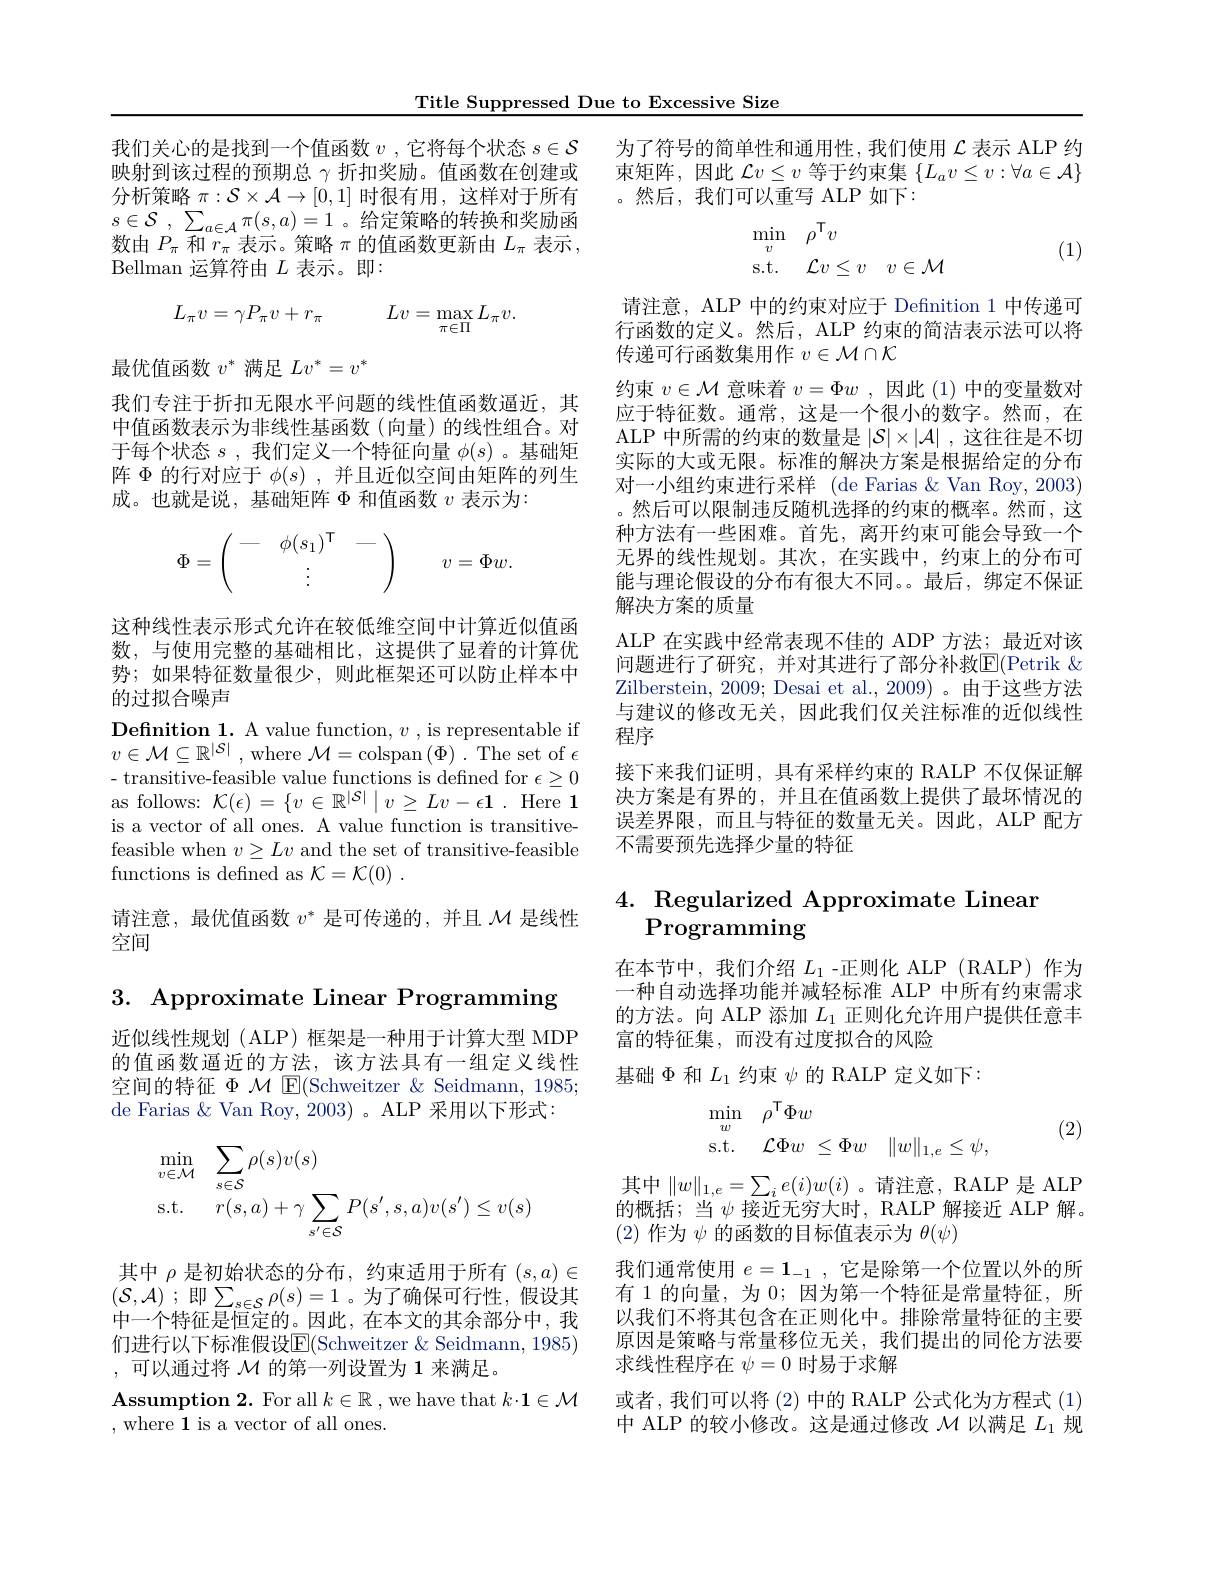
Title Suppressed Due to Excessive Size

$s\in \mathcal{S}$ , $\sum _{a\in \mathcal{A} }\pi ( s, a) = 1$。给定策略的转换和奖励函数由$P_\pi$和$r_\pi$表示。策略$\pi$的值函数更新由$L_\pi$表示， Bellman 运算符由$L$表示。即：
$$L_\pi v=\gamma P_\pi v+r_\pi\quad Lv=\max_{\pi\in\Pi}L_\pi v.$$
最优值函数$v^*$满足$Lv^*=v^*$

我们专注于折扣无限水平问题的线性值函数逼近，其中值函数表示为非线性基函数(向量)的线性组合。对于每个状态$s$ ,我们定义一个特征向量$\phi(s)$ 。基础矩阵$\Phi$的行对应于$\phi(s)$,并且近似空间由矩阵的列生成。也就是说，基础矩阵$\Phi$和值函数$v$表示为：
$$\Phi=\left(\begin{array}{ccc}-&\phi(s_1)^{\mathsf T}&-\\&\vdots&\end{array}\right)\quad v=\Phi w.$$
这种线性表示形式允许在较低维空间中计算近似值函数，与使用完整的基础相比，这提供了显着的计算优势；如果特征数量很少，则此框架还可以防止样本中的过拟合噪声
Definition 1. A value function, $v$ , is representable if $v\in\mathcal{M}\subseteq\mathbb{R}^{|\mathcal{S}|}$,where $\mathcal{M}=$colspan$(\Phi)^{\mathrm{~1}}.$The set of $\epsilon$ - transitive-feasible value functions is defined for $\epsilon\geq0$ as follows: $\mathcal{K}(\epsilon)=\{v\in\mathbb{R}^{|\mathcal{S}|}\mid v\geq Lv-\epsilon1.$ Here 1 is a vector of all ones. A value function is transitivefeasible when $v\geq Lv$ and the set of transitive-feasible functions is defined as $\mathcal{K}=\mathcal{K}(0)~.$

请注意，最优值函数$v^*$是可传递的，并且$\mathcal{M}$是线性
空间

3. Approximate Linear Programming

近似线性规划 (ALP) 框架是一种用于计算大型 MDP 的值函数逼近的方法，该方法具有一组定义线性空间的特征$\Phi$ $\mathcal{M}$ E(Schweitzer & Seidmann, 1985; de Farias &Van Roy, 2003)。ALP 采用以下形式：
$$\begin{aligned}&\min_{v\in\mathcal{M}}\sum_{s\in\mathcal{S}}\rho(s)v(s)\\&\mathrm{s.t.}\quad r(s,a)+\gamma\sum_{s^{\prime}\in\mathcal{S}}P(s^{\prime},s,a)v(s^{\prime})\leq v(s)\end{aligned}$$
其中$\rho$是初始状态的分布，约束适用于所有$(s,a)\in$ $( \mathcal{S} , \mathcal{A} )$ ;即$\sum_s\in\mathcal{S}\rho(s)=1$。为了确保可行性，假设其中一个特征是恒定的。因此，在本文的其余部分中，我们进行以下标准假设$\boxed{\mathrm{E}}($Schweitzer & Seidmann, 1985) ,可以通过将 $\mathcal{M}$ 的第一列设置为 1 来满足。
$\mathbf{Assumption~2.~For~all~}k\in\mathbb{R}$ , we have that $k\cdot\mathbf{1}\in\mathcal{M}$
,where 1 is a vector of all ones.

我们关心的是找到一个值函数$v$ ,它将每个状态$s\in \mathcal{S}$ 为了符号的简单性和通用性，我们使用$\mathcal{L}$表示 ALP 约映射到该过程的预期总$\gamma$折扣奖励。值函数在创建或 束矩阵，因此 $\mathcal{L}v\leq v$ 等于约束集 $\{L_av\leq v:\forall a\in\mathcal{A}\}$ 分析策略$\pi:\mathcal{S}\times\mathcal{A}\to[0,1]$ 时很有用，这样对于所有 。然后，我们可以重写 ALP 如下：
$$\begin{array}{ll}\min_v&\rho^\mathsf{T}v\\\mathrm{s.t.}&\mathcal{L}v\leq v&v\in\mathcal{M}\end{array}$$
(1)

请注意，ALP 中的约束对应于 Defnition 1 中传递可行函数的定义。然后，ALP 约束的简洁表示法可以将传递可行函数集用作$v\in\mathcal{M}\cap\mathcal{K}$
约束$v\in\mathcal{M}$意味着$v=\Phi w$ ,因此 (1)中的变量数对应于特征数。通常，这是一个很小的数字。然而，在ALP 中所需的约束的数量是$|\mathcal{S}|\times|\mathcal{A}|$ ,这往往是不切实际的大或无限。标准的解决方案是根据给定的分布对一小组约束进行采样 (de Farias $\&$ Van Roy, 2003) 。然后可以限制违反随机选择的约束的概率。然而，这种方法有一些困难。首先，离开约束可能会导致一个无界的线性规划。其次，在实践中，约束上的分布可能与理论假设的分布有很大不同。。最后，绑定不保证解决方案的质量
ALP 在实践中经常表现不佳的 ADP 方法；最近对该问题进行了研究，并对其进行了部分补救$\mathbb{E}($Petrik $\&$ Zilberstein, 2009; Desai et al., 2009)。由于这些方法与建议的修改无关，因此我们仅关注标准的近似线性程序
接下来我们证明，具有采样约束的 RALP 不仅保证解决方案是有界的，并且在值函数上提供了最坏情况的误差界限，而且与特征的数量无关。因此，ALP 配方不需要预先选择少量的特征

### 4. Regularized Approximate Linean Programming

在本节中，我们介绍$L_1$ -正则化 ALP(RALP)作为一种自动选择功能并减轻标准 ALP 中所有约束需求的方法。向 ALP 添加$L_{1}$正则化允许用户提供任意丰富的特征集，而没有过度拟合的风险
基础$\Phi$和$L_1$约束$\psi$的 RALP 定义如下：
$$\begin{aligned}&\min_{w}\quad\rho^{\mathsf{T}}\Phi w\\&\mathrm{s.t.}\quad\mathcal{L}\Phi w\:\leq\Phi w\quad\|w\|_{1,e}\leq\psi,\end{aligned}$$
(2)

其中$\|w\|_{1,e}=\sum_ie(i)w(i)$。请注意，RALP是ALP 的概括；当$\psi$接近无穷大时，RALP 解接近 ALP 解。(2)作为$\psi$的函数的目标值表示为$\theta(\psi)$
我们通常使用$e=\mathbf{1}_{-1}$,它是除第一个位置以外的所有 1 的向量，为 0; 因为第一个特征是常量特征，所以我们不将其包含在正则化中。排除常量特征的主要原因是策略与常量移位无关，我们提出的同伦方法要求线性程序在$\psi=0$时易于求解
或者，我们可以将 (2) 中的 RALP 公式化为方程式 (1) 中 ALP 的较小修改。这是通过修改$\mathcal{M}$以满足$L_1$规